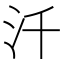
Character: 汘